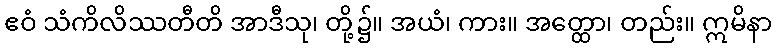
ဧဝံ သံကိလိဿတီတိ အာဒီသု၊ တို့၌။ အယံ၊ ကား။ အတ္ထော၊ တည်း။ ဣမိနာ